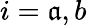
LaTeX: i=\mathfrak{a},b